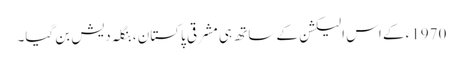
1970ء کے اس الیکشن کے ساتھ ہی مشرقی پاکستان ، بنگلہ دیش بن گیا۔